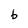
Character: b